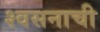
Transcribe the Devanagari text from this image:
श्वसनाची